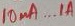
Text: 10µA...1A